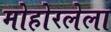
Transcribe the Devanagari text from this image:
मोहोरलेला